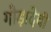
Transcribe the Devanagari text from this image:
गोड़ादेवी